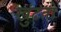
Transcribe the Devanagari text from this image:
खुंटतो